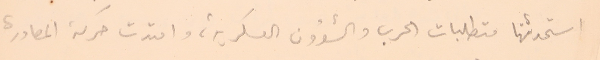
استحدثتها متطلبات الحرب والشؤون العسكرية، وامتدت حركة المصادرة